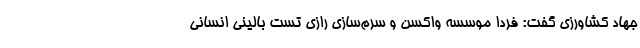
جهاد کشاورزی گفت: فردا موسسه واکسن و سرم‌سازی رازی تست بالینی انسانی